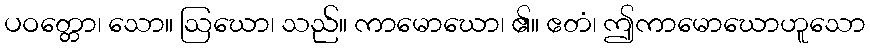
ပဝတ္တော၊ သော။ ဩဃော၊ သည်။ ကာမောဃော၊ ၏။ ဧတံ၊ ဤကာမောဃောဟူသော